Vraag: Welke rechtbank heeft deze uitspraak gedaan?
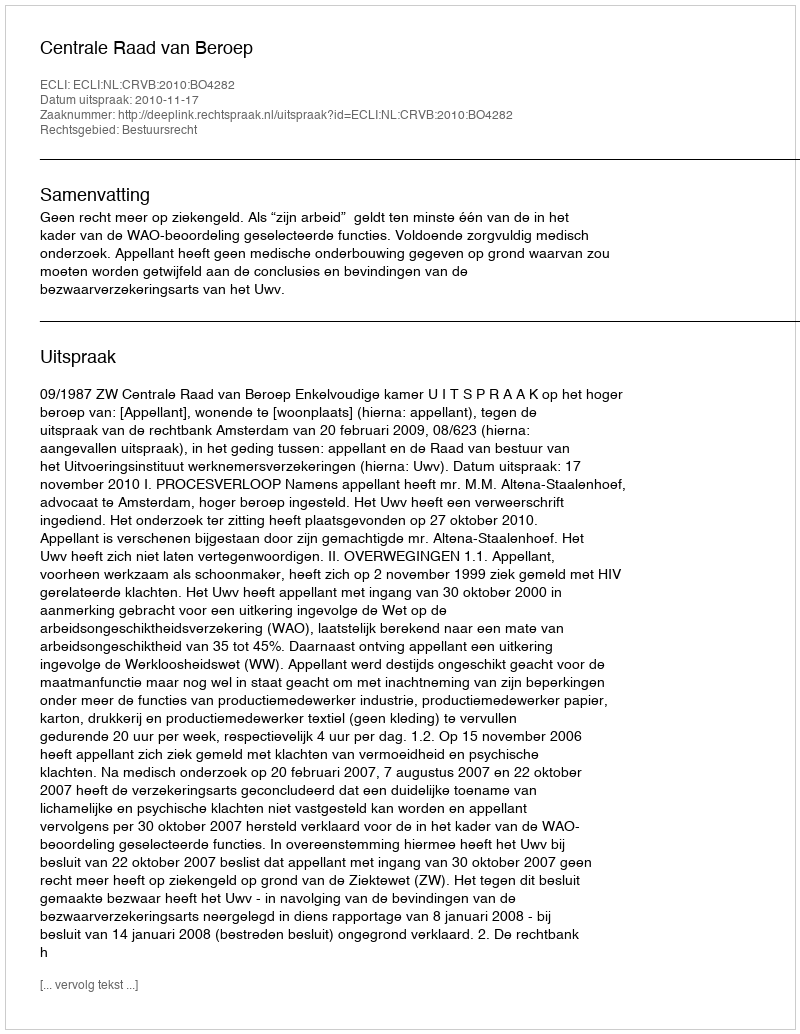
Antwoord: Centrale Raad van Beroep